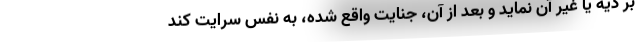
بر دیه یا غیر آن نماید و بعد از آن، جنایت واقع شده، به نفس سرایت کند